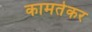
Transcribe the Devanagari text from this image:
कामतेकर